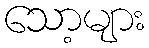
သော့များ